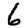
Digit: 6